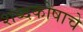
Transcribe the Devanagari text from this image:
शब्दकोषाचे